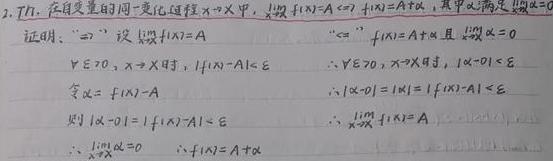
2. 定理：在自变量的同一变化过程$x \to x_0$中，$\lim\limits_{x \to x_0} f(x)=A \Leftrightarrow f(x)=A+\alpha$，其中$\alpha$满足$\lim\limits_{x \to x_0} \alpha = 0$.
证明：“$\Rightarrow$” 设$\lim\limits_{x \to x_0} f(x)=A$.
$\forall \varepsilon > 0$，$x \to x_0$时，$|f(x)-A| < \varepsilon$.
令$\alpha = f(x)-A$.
则$|\alpha - 0|=|f(x)-A| < \varepsilon$.
$\therefore \lim\limits_{x \to x_0} \alpha = 0$.
$\therefore f(x)=A+\alpha$.
“$\Leftarrow$” $f(x)=A+\alpha$且$\lim\limits_{x \to x_0} \alpha = 0$.
$\forall \varepsilon > 0$，$x \to x_0$时，$|\alpha - 0| < \varepsilon$.
$\therefore |\alpha - 0|=|\alpha|=|f(x)-A| < \varepsilon$.
$\therefore \lim\limits_{x \to x_0} f(x)=A$.